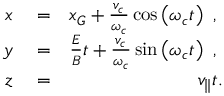
\begin{array} { r l r } { x } & { { } = } & { x _ { G } + \frac { v _ { c } } { \omega _ { c } } \cos \left( \omega _ { c } t \right) \mathrm { ~ , ~ } } \\ { y } & { { } = } & { \frac { E } { B } t + \frac { v _ { c } } { \omega _ { c } } \sin \left( \omega _ { c } t \right) \mathrm { ~ , ~ } } \\ { z } & { { } = } & { v _ { \parallel } t . } \end{array}